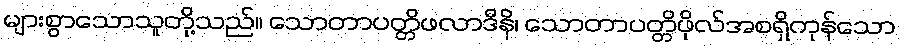
များစွာသောသူတို့သည်။ သောတာပတ္တိဖလာဒီနိ၊ သောတာပတ္တိဖိုလ်အစရှိကုန်သော